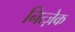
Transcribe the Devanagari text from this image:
नित्ज़ेक